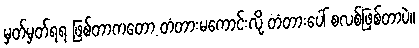
မှတ်မှတ်ရရ ဖြစ်တာကတော့ တံတားမကောင်းလို့ တံတားပေါ် စလစ်ဖြစ်တာပဲ။